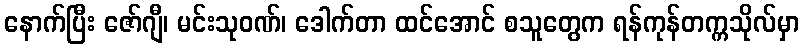
နောက်ပြီး ဇော်ဂျီ၊ မင်းသုဝဏ်၊ ဒေါက်တာ ထင်အောင် စသူတွေက ရန်ကုန်တက္ကသိုလ်မှာ